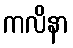
ကလိနာ